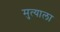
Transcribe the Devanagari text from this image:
मुत्याला